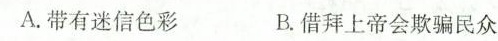
A.带有迷信色彩 B.借拜上帝会欺骗民众